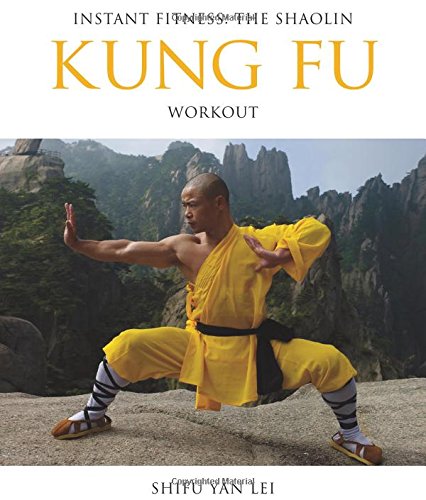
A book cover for Instant Fitness: The Shaolin Kung Fu Workout (Instant Health The Shaolin Qigong Workou); Shifu Yan Lei Shi; Health, Fitness & Dieting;